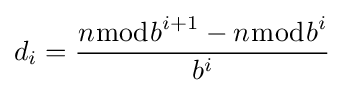
d_{i}={\frac {n{\bmod {b}}^{i+1}-n{\bmod {b}}^{i}}{b^{i}}}